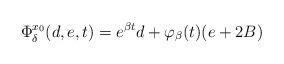
LaTeX: \begin{align*}\Phi_{\delta}^{x_0}(d,e,t) = e^{\beta t} d + \varphi_{\beta}(t) (e + 2B)\end{align*}